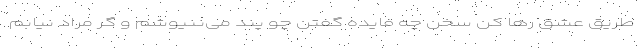
طریق عشق رها کن سخن چه فایده گفتن چو پند می‌ننیوشم و گر مراد نیابم